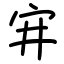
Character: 宑